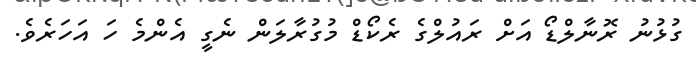
ގުޅުނު ރޮނާލްޑޯ އަށް ރައުލްގެ ރެކޯޑް މުގުރާލަން ނެގީ އެންމެ ހަ އަހަރެވެ.